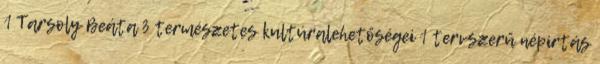
1 Tarsoly Beáta 3 természetes kultúralehetőségei 1 tervszerű népirtás